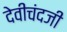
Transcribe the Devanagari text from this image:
देवीचंदजी